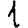
Digit: 1